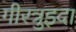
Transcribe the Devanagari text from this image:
गीरत्रुइदा